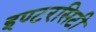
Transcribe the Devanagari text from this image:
इण्टरसिटी